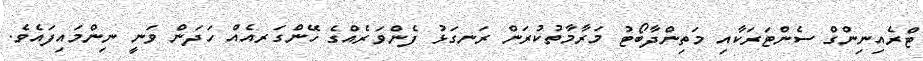
ޓްރެއިނިންގް ސެންޓަރަކާއި މަތިންދާބޯޓު މަރާމާތުކުރަން ރަނގަޅު ފެންވަރެއްގެ ހޭންގަރއެއް ހަދަން ވަނީ ނިންމައިފައެވެ.